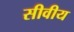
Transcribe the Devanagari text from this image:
सीवीय